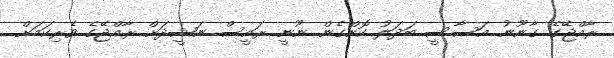
ރާއްޖޭގެ ގާނޫނު އަސާސީ ބަދަލު ކޮށްގެން ނޫނީ ރައީސް ނަޝީދަށް ރާއްޖޭގެ ވެރިކަމަށް